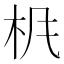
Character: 𱣃